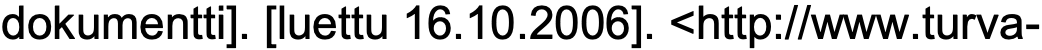
dokumentti]. [luettu 16.10.2006]. <http://www.turva-